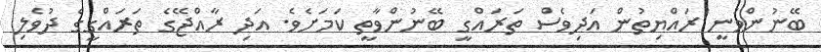
ބޭނުންވަނީ ރައްޔިތުން އަދިވެސް ތަރައްގީ ބޭނުންވާތީ ކަމަށެވެ. އަދި ރާއްޖޭގެ ތަރައްގީގެ ދުވެލި